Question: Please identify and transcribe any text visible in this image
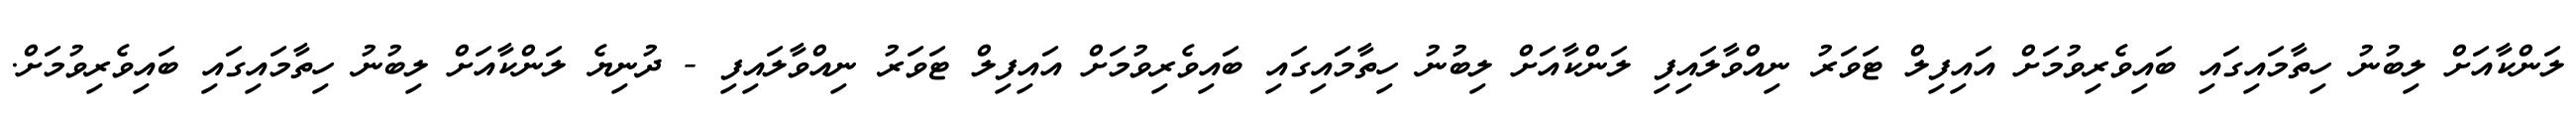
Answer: ލަންކާއަށް ލިބުނު ހިތާމައިގައި ބައިވެރިވުމަށް އައިފިލް ޓަވަރު ނިއްވާލައިފި ލަންކާއަށް ލިބުނު ހިތާމައިގައި ބައިވެރިވުމަށް އައިފިލް ޓަވަރު ނިއްވާލައިފި - ދުނިޔެ ލަންކާއަށް ލިބުނު ހިތާމައިގައި ބައިވެރިވުމަށް.